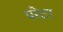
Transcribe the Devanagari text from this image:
परेटर